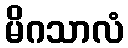
မိဂသာလံ